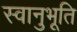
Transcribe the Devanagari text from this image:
स्‍वानुभूति